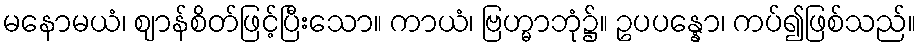
မနောမယံ၊ ဈာန်စိတ်ဖြင့်ပြီးသော။ ကာယံ၊ ဗြဟ္မာဘုံ၌။ ဥပပန္နော၊ ကပ်၍ဖြစ်သည်။